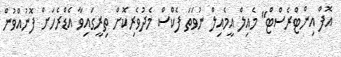
އޮފް އިންޓްރެސްޓް" މެއިލް އީމެއިލް ނުވަތަ ފެކްސް މެދުވެރިކޮށް ތިރީގައިވާ އެޑްރެހަށް ފޮނުއްވުން